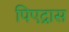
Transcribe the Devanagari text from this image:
पिएद्रास